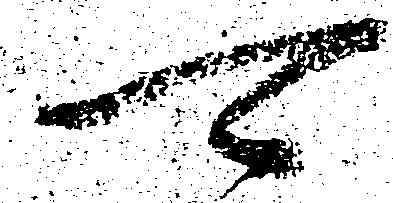
可